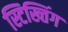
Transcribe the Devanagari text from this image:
स्टिख्तिंग